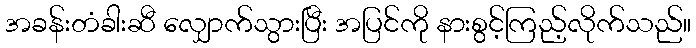
အခန်းတံခါးဆီ လျှောက်သွားပြီး အပြင်ကို နားစွင့်ကြည့်လိုက်သည်။